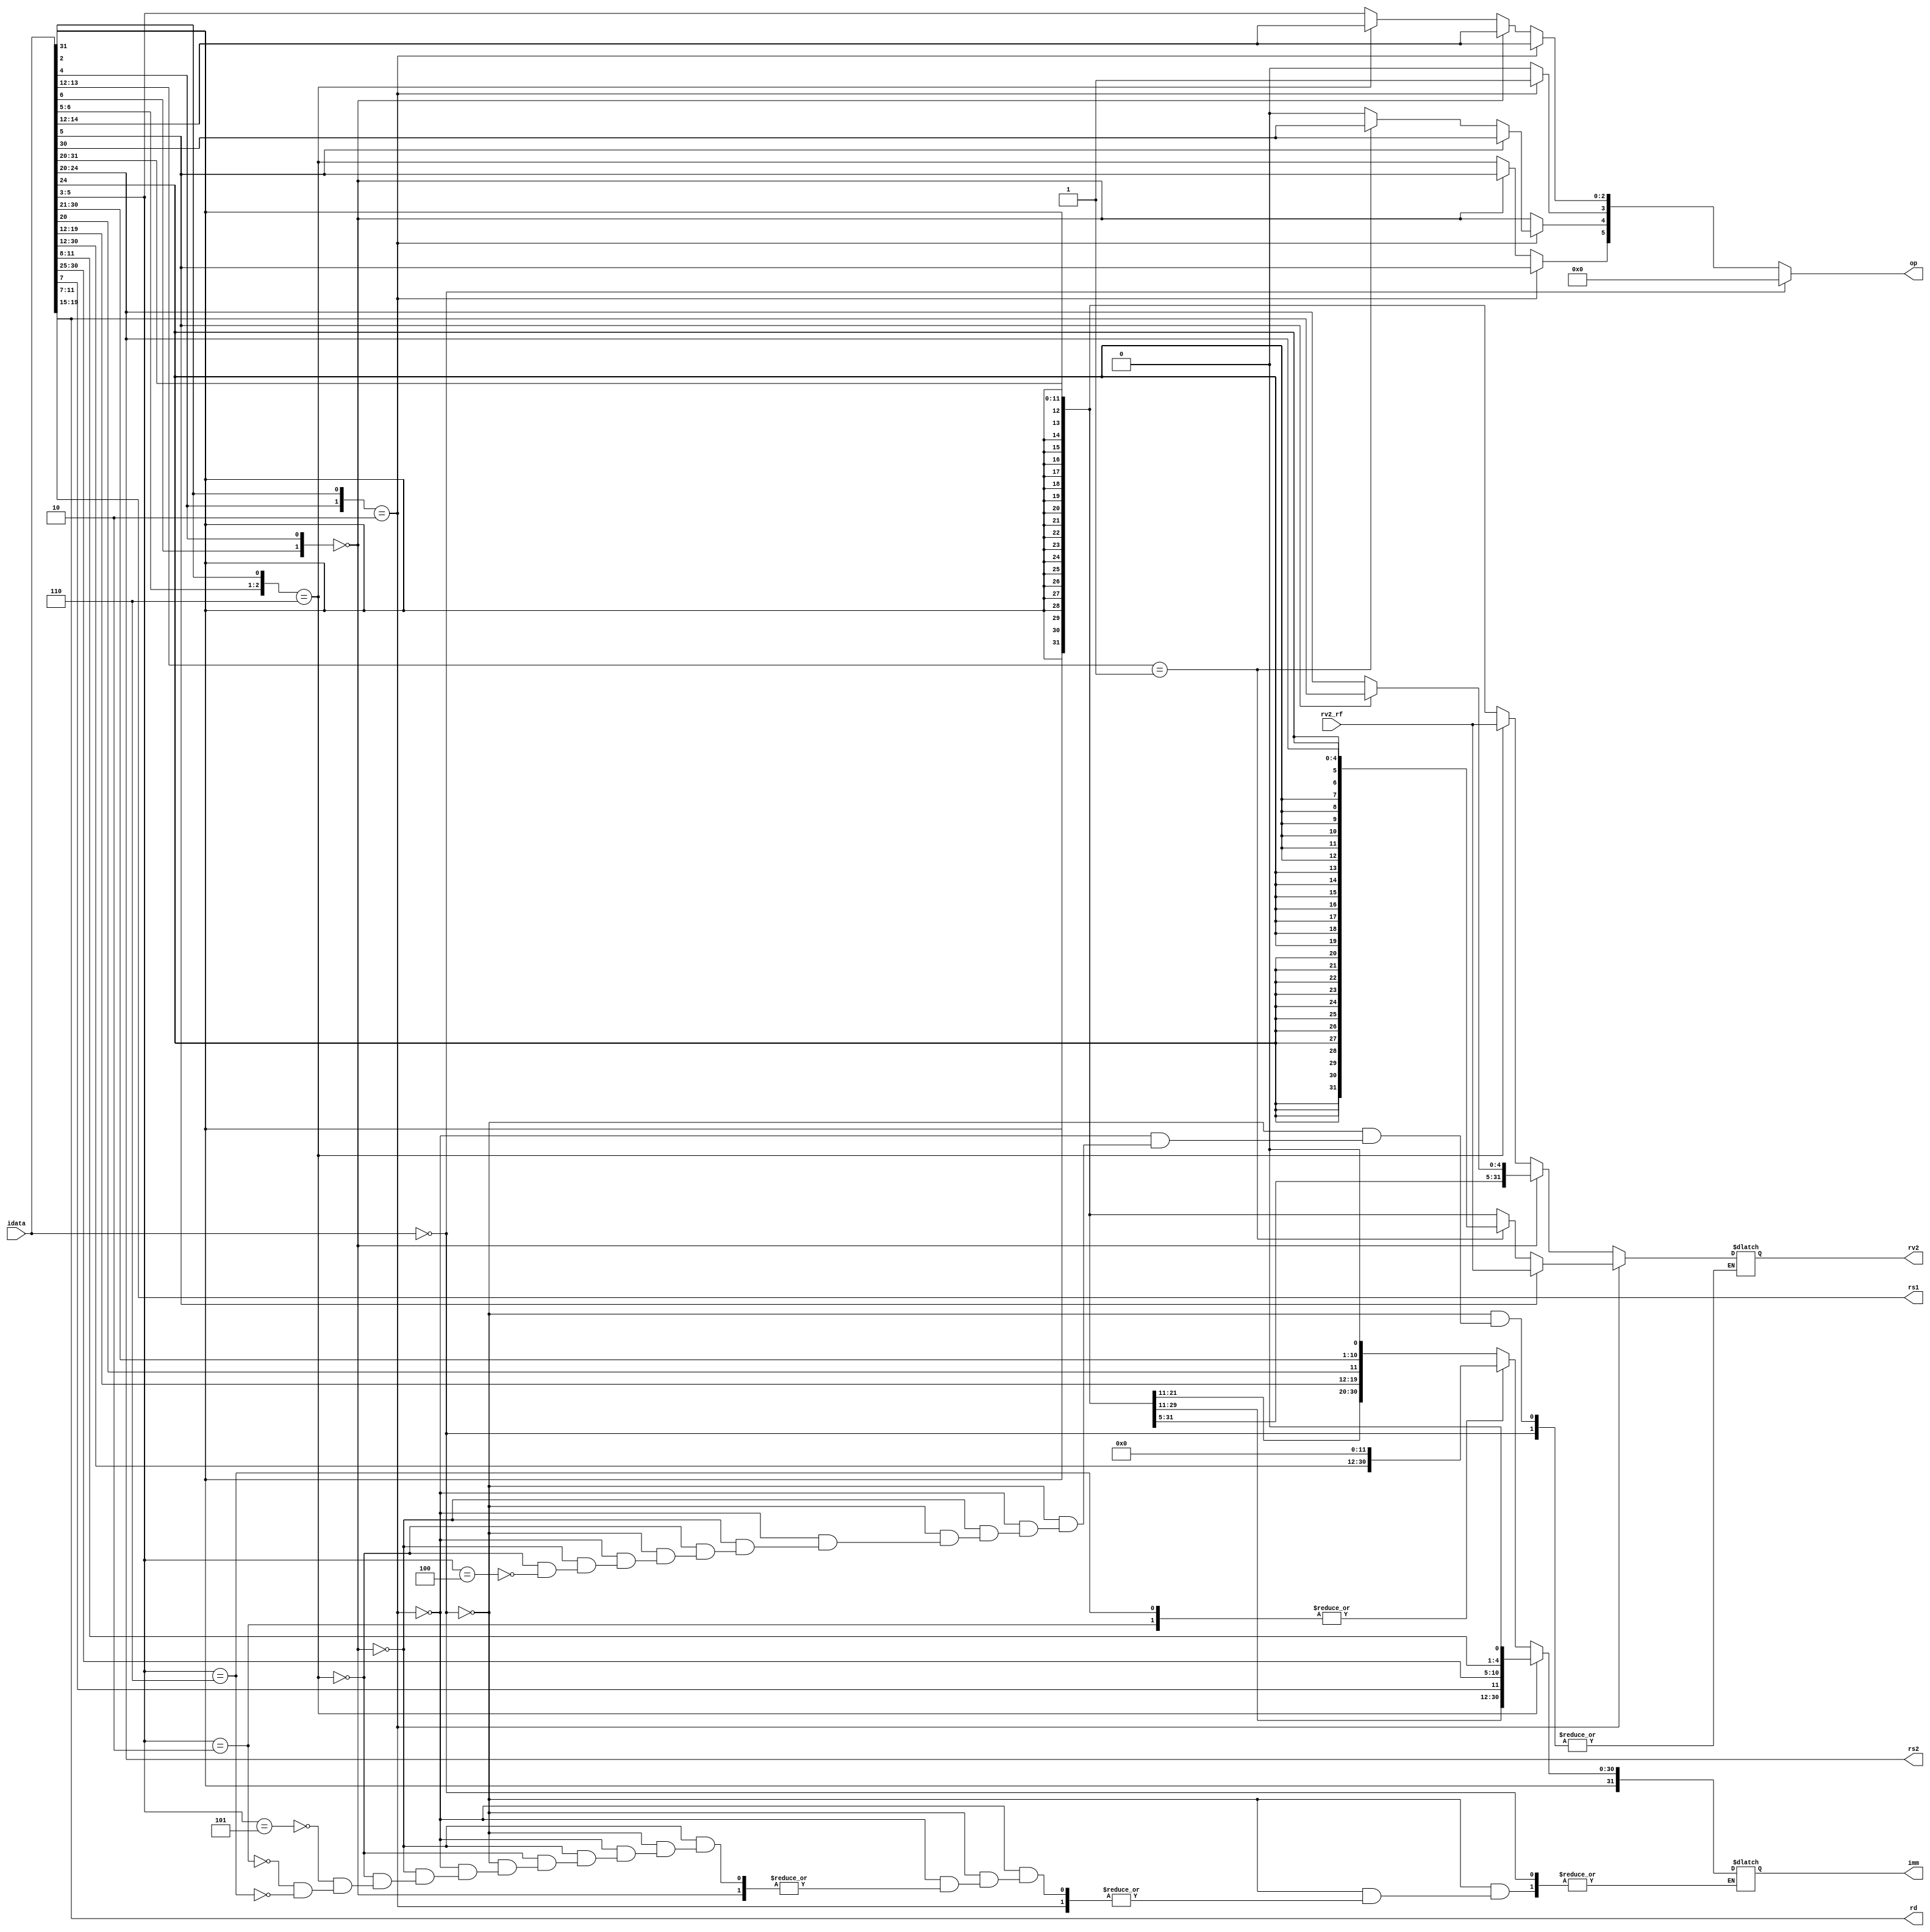
//Description : implementation of decoder

module decoder(idata,op,rs1,rs2,rd,rv2_rf,rv2,imm);

  //defining input-output ports 

  input [31:0] idata;      //Instruction fetched from IMEM
  output [5:0] op;     // Opcode (operation encoding)
  output [4:0] rs1;    // Address of first register source
  output [4:0] rs2;    // Address of second register source
  output [4:0] rd;     // Address of destination register
  input  [31:0] rv2_rf;    //From Register File
  output [31:0] rv2;   // To ALU
  output [31:0] imm;   // Immediate used as relative address in Branching and as upper imm in LUI


  reg [31:0] rv2;
  reg [5:0] op;
  reg [4:0] rs1, rs2, rd;
  reg [6:0] idata_op;
  reg [2:0] funct3;
  reg [6:0] funct7;
  reg [31:0] imm;

  //Decode instructions for ALU, Load/Store, Branch and Upper Immediate instructions
  always @(idata)
  begin
      rs1 = idata[19:15];
      rs2 = idata[24:20];
      rd  = idata[11:7];

      idata_op = idata[6:0];
      funct3 = idata[14:12];
      funct7 = idata[31:25];

      if (idata == 32'b0) 
        begin
          op = 6'b0;   // idata == 0 means no instruction is executed,all values are retained.
        end

      else if ({idata_op[4], idata_op[2]} == 2'b10) //ALU Type instruction
        begin 

          op[3] = 1;
          op[5] = idata_op[5];
          op[2:0] = funct3;

          // op[5] is alu_src control signal
          if (op[5] == 1'b1) 
            begin
              rv2   = rv2_rf;         // value returned by regfile
              op[4] = funct7[5];      // encoding add,sub, srl,sra
            end

          else if (op[1:0] == 2'b01) 
            begin                                     //shift immediate operation
              rv2 = {{27{idata[24]}}, idata[24:20]};  //sign extend shift;

              //alu considers only lower 5 bits of imm for shift
              op[4] = funct7[5];                      // srli/srai
            end

          else
            begin
              rv2 = {{20{idata[31]}}, idata[31:20]};  //sign extended immediate
              op[4] = 1'b0;
            end
      
      end


      else                              // Load/Store or Branch type instruction
        begin 

          op[3] = 0;
          op[4] = ({idata_op[6], idata_op[4]} == 2'b00);

          if (op[4]) 
            begin                   // Load-store instructions
              op[5] = idata_op[5];  // 0: LOAD, 1: STORE 
              op[2:0] = funct3;

              if (op[5] == 0) 
                begin
                  rv2 = {{20{idata[31]}}, idata[31:20]};               // LOAD
                end
              else 
                begin
                  rv2 = {{20{idata[31]}}, idata[31:25], idata[11:7]};  // STORE
                end
            end 
          
          else              // Branch instructions
            begin
              op[5] = ({idata_op[6:5], idata_op[2]} == 3'b110);
              
              if (op[5])    // Conditional Branch instructions
                begin
                  op[2:0] = funct3; 
                  rv2 = rv2_rf;     // alu computes val(rs1)-val(rs2)
                  imm = {{19{idata[31]}}, idata[31], idata[7], idata[30:25], idata[11:8], 1'b0}; // sign_ext(imm[12], imm[11], imm[10:5], imm[4:1], 0)
                end 
              
              else 
                begin         // JALR, JAL, LUI, AUIPC
                  op[2:0] = idata_op[5:3];
                  case(op[2:0])
                    3'b100 :  rv2 = {{20{idata[31]}}, idata[31:20]};  // JALR
                    3'b101 :  imm = {{11{idata[31]}}, idata[31], idata[19:12], idata[20], idata[30:21], 1'b0}; // JAL
                    3'b010 :  imm = {idata[31:12], 12'b0};            // AUIPC
                    3'b110 :  imm = {idata[31:12], 12'b0};            // LUI
                  endcase
                end
            end

      end
  end
  
endmodule